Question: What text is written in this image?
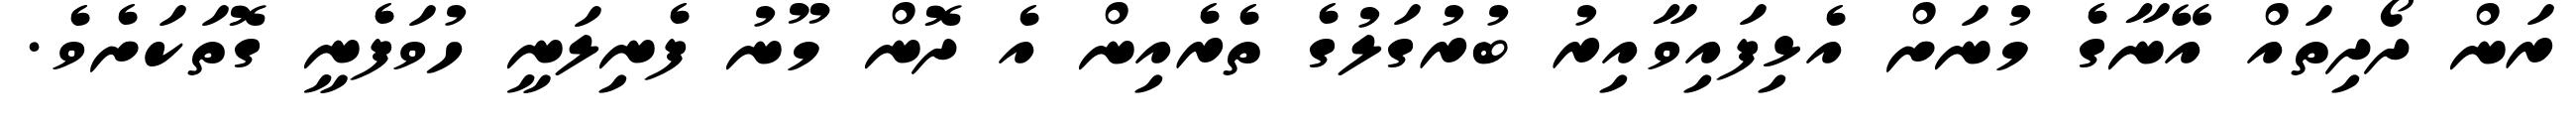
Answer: ރަން ދޯދިތައް އޭނާގެ މުނަށް އެޅިފައިވާއިރު ބުރުގަލުގެ ތެރެއިން އެ ދޮން މޫނު ފެނިލަނީ ހުވަފެނީ ގޮތަކަށެވެ.